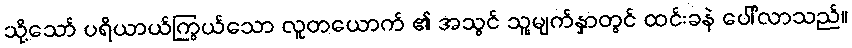
သို့သော် ပရိယာယ်ကြွယ်သော လူတယောက် ၏ အသွင် သူ့မျက်နှာတွင် ထင်းခနဲ ပေါ်လာသည်။